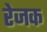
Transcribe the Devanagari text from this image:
रेजक